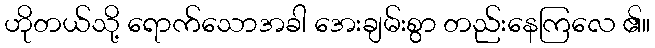
ဟိုတယ်သို့ ရောက်သောအခါ အေးချမ်းစွာ တည်းနေကြလေ ၏။